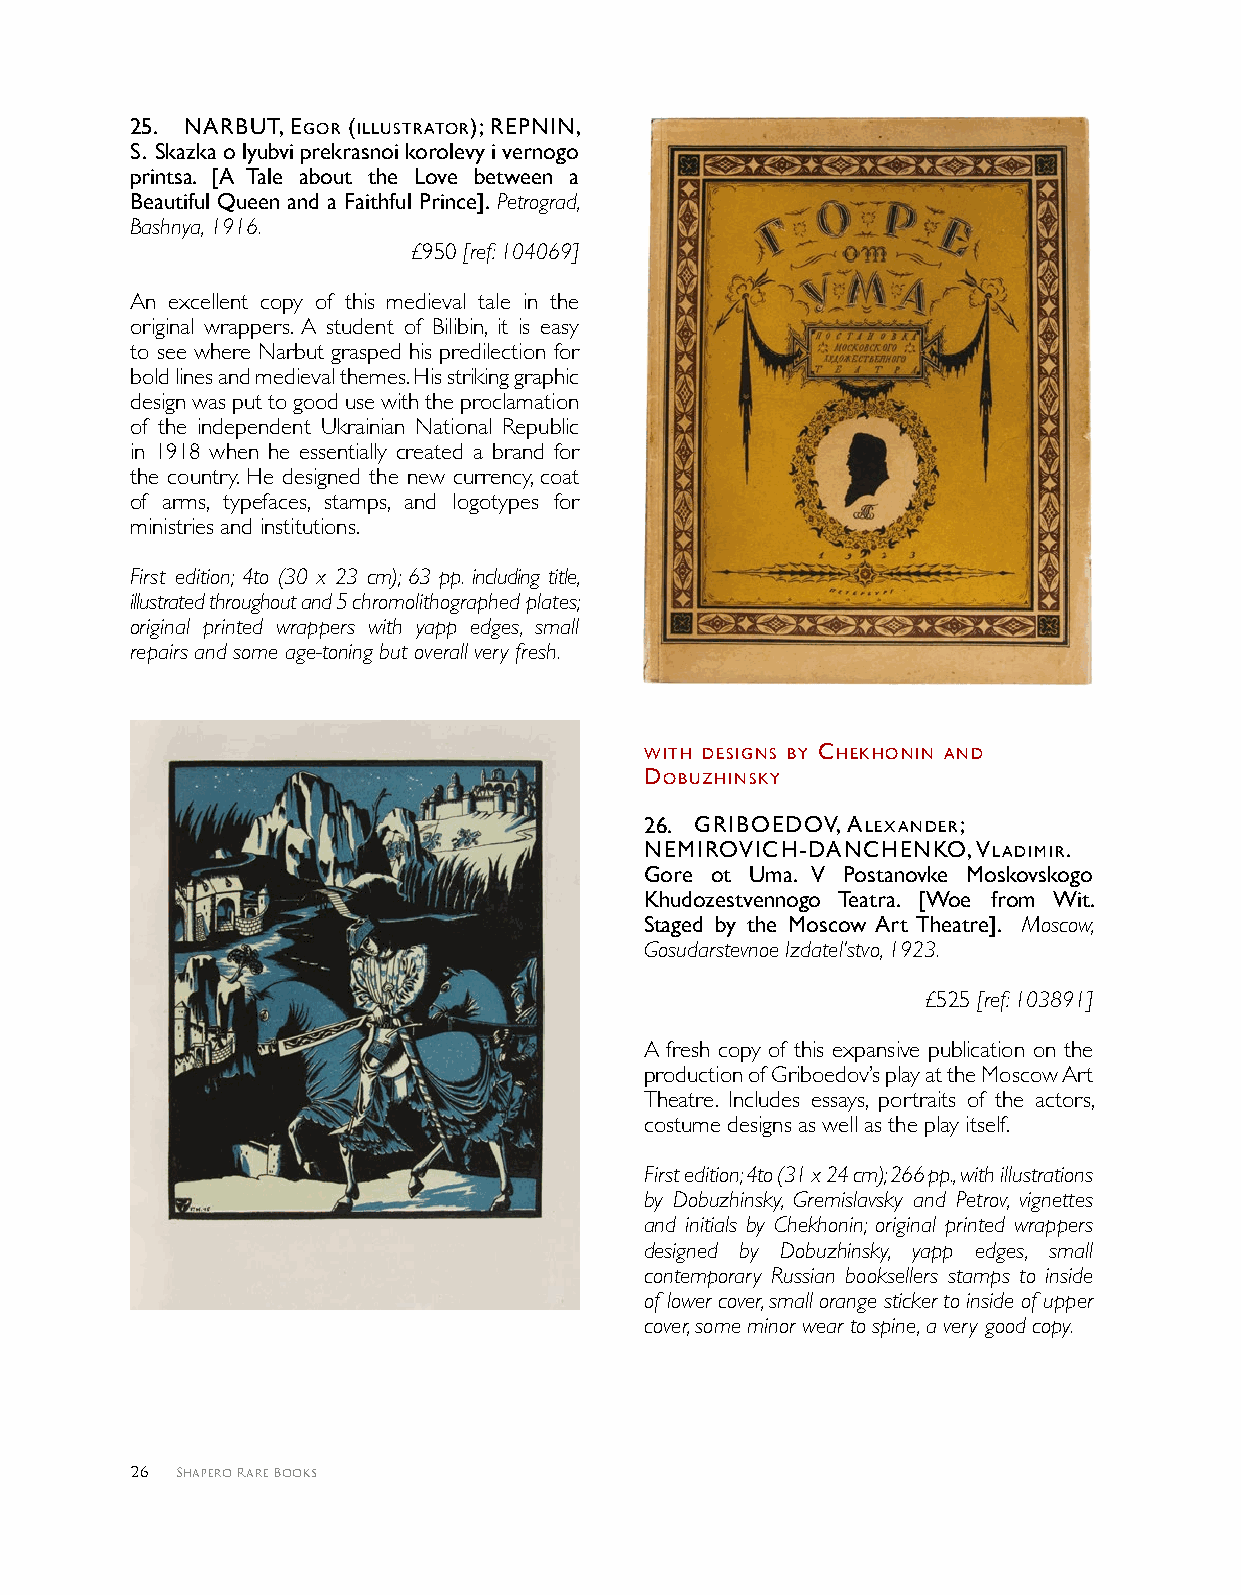
2 5 . NArbUT, egor (IllUSTrATor); rePNIN,
 S. Skazka o lyubvi prekrasnoi korolevy i vernogo
 printsa. [A Tale about the Love between a
 Beautiful Queen and a Faithful Prince]. Petrograd,
 Bashnya, 1916.
 £950 [ref: 104069]
 An excellent copy of this medieval tale in the
 original wrappers. A student of Bilibin, it is easy
 to see where Narbut grasped his predilection for
 bold lines and medieval themes. His striking graphic
 design was put to good use with the proclamation
 of the independent Ukrainian National Republic
 in 1918 when he essentially created a brand for
 the country. He designed the new currency, coat
 of arms, typefaces, stamps, and logotypes for
 ministries and institutions.
 First edition; 4to (30 x 23 cm); 63 pp. including title,
 illustrated throughout and 5 chromolithographed plates;
 original printed wrappers with yapp edges, small
 repairs and some age-toning but overall very fresh.
 wITH deSIgNS bY cHeKHoNIN ANd
 dobUZHINSKY
 2 6 . grIboedoV, AlexANder;
 NeMIroVIcH-dANcHeNKo, VlAdIMIr.
 Gore ot Uma. V Postanovke Moskovskogo
 Khudozestvennogo Teatra. [Woe from Wit.
 Staged by the Moscow Art Theatre]. Moscow,
 Gosudarstevnoe Izdatel’stvo, 1923.
 £525 [ref: 103891]
 A fresh copy of this expansive publication on the
 production of Griboedov’s play at the Moscow Art
 Theatre. Includes essays, portraits of the actors,
 costume designs as well as the play itself.
 First edition; 4to (31 x 24 cm); 266 pp., with illustrations
 by Dobuzhinsky, Gremislavsky and Petrov, vignettes
 and initials by Chekhonin; original printed wrappers
 designed by Dobuzhinsky, yapp edges, small
 contemporary Russian booksellers stamps to inside
 of lower cover, small orange sticker to inside of upper
 cover, some minor wear to spine, a very good copy.
 26 Shapero Rare Books